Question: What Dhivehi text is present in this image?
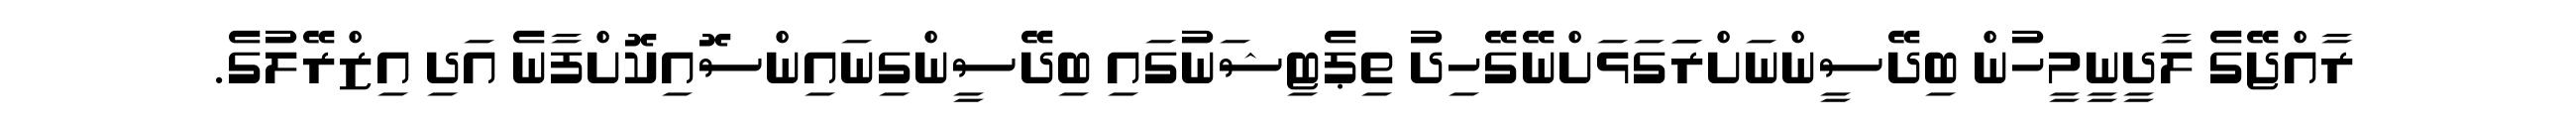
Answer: ރާއްޖޭގެ ލާދީނީމީހުން ބިދޭސީންނަށްރަަގަޅަށްނޭގޭހިދު ތިޕެޓިޝަނުގައި ބިދޭސީންގިނައިންސޮއިކޮށްފާނެ އަދި އިޒްރޭލުގެ.